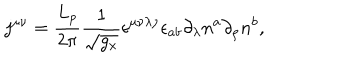
LaTeX: j ^ { \mu \nu } = \frac { L _ { p } } { 2 \pi } \frac 1 { \sqrt { g _ { x } } } \epsilon ^ { \mu \nu \lambda \rho } \epsilon _ { a b } \partial _ { \lambda } n ^ { a } \partial _ { \rho } n ^ { b } ,